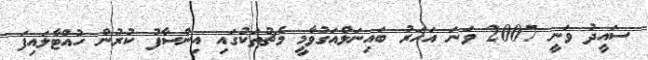
ސައީދު ވަނީ 2007 ވަނަ އަހަރު ބައިނަލްއަގުވާމީ މެޗުތަކުގައި އިންސާފު ކުރުން ހުއްޓާލައިފަ